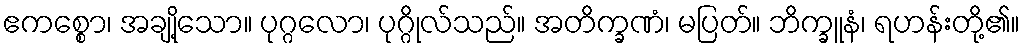
ဧကစ္စော၊ အချို့သော။ ပုဂ္ဂလော၊ ပုဂ္ဂိုလ်သည်။ အတိက္ခဏံ၊ မပြတ်။ ဘိက္ခူနံ၊ ရဟန်းတို့၏။